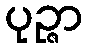
ပုဉ္ဇာ